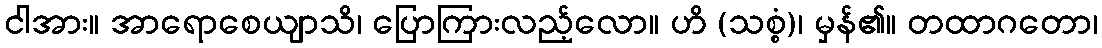
ငါအား။ အာရောစေယျာသိ၊ ပြောကြားလည့်လော။ ဟိ (သစ္စံ)၊ မှန်၏။ တထာဂတော၊